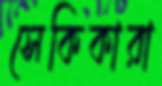
সেকিকারা